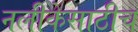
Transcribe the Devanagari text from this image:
नलीकेसाठीच